Medical and sanitary report of the native army of Bengal for the year
Year: 1877
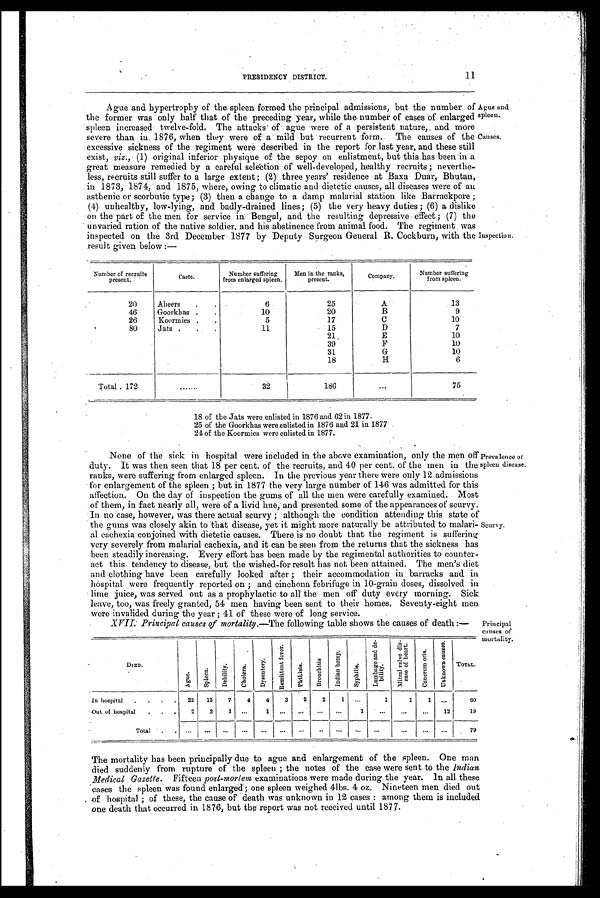
Ague and spleen.
Causes.
11
PRESIDENCY DISTRICT.
Ague and hypertrophy of the spleen formed the principal admissions, but the number of
the former was only half that of the preceding year, while the number of cases of enlarged
spleen increased twelve-fold. The attacks of ague were of a persistent nature, and more
severe than in 1876, when they were of a mild but recurrent form. The causes of the
excessive sickness of the regiment were described in the report for last year, and these still
exist, viz.,. (1) original inferior physique of the sepoy on enlistment, but this has been in a
great measure remedied by a careful selection of well-developed, healthy recruits ; neverthe-
less, recruits still suffer to a large extent; (2) three years' residence at Baxa Duar, Bhutan,
in 1873, 1874, and 1875, where, owing to climatic and dietetic causes, all diseases were of au
asthenic or scorbutic type; (3) then a change to a damp malarial station like Barrackpore ;
(4) unhealthy, low-lying, and badly-drained lines; (5) the very heavy duties ; (6) a dislike
on the part of the men for service in Bengal, and the resulting depressive effect ; (7) the
•unvaried ration of the native soldier, and his abstinence from animal food. The regiment was
inspected on the 3rd December 1877 by Deputy Surgeon General R. Cockburn, with the
result given below:- Inspection.
Number of recruits
present.
Caste.
Number suffering
from enlarged spleen.
Men in the ranks,
present.
Company.
Number suffering
from spleen.
20
Aheers
6
2 5
A
1 3
46
Goorkhas
1 0
2 0
B
9
26
Koormies
5
1 7
C
1 0
80
Jats
1 1
1 5
D
7
2 1
E
1 0
3 9
F
1 0
3 1
G
1 0
1 8
H
6
Total .172
. . .
3 2
1 8 6
. . .
7 5
18 of the Jats were enlisted in 1876 and 62 in 1877.
25 of the Goorkhas were enlisted in 1876 and 21 in 1877.
24 of the Koormies were enlisted in 1877.
None of the sick in hospital were included in the above examination, only the men off
duty. It was then seen that 18 per cent. of the recruits, and 40 per cent. of the men in the
ranks, were suffering from enlarged spleen. In the previous year there were only 12 admission
for enlargement of the spleen ; but in 1877 the very large number of 146 was admitted for this
affection. On the day of inspection the gums of all the men were carefully examined. Most
of them, in fact nearly all, were of a livid hue, and presented some of the appearances of scurvy.
In no case, however, was there actual scurvy ; although the condition attending this state of
the gums was closely akin to that disease, yet it might more naturally be attributed to malari--
al cachexia conjoined with dietetic causes. There is no doubt that the regiment is suffering
very severely from malarial cachexia, and it can be seen from the returns that the sickness has
been steadily increasing. Every effort has been made by the regimental authorities to counter-
act this. tendency to disease, but the wished-for result has not been attained. The men's diet
and clothing have been carefully looked after ; their accommodation in barracks and in
hospital were frequently reported on; cinchona febrifuge in 10-grain doses, dissolved in
lime juice, was served out as a prophylactic to all the men off duty every morning. Sick
leave, too, was freely granted, 54 men having been sent to their homes. Seventy-eight men
were invalided during the year ; 41 of these were of long service.
XVII Principal causes of mortality.--The following table shows the causes of death :—
DIED.
A g u e .
S p l e e n .
D a b i l i t y .
Ch o l e r a .
D y s e n t e r y .
R e m i t t e n t f e v e r .
P h t h i s i s .
B r o n c h i t i s
I n d i a n h e m p .
S y p h i l i s .
L u m b a g o a n d d e - b i l i t y .
M i t r a l v a l v e d i s - e a s e o f h e a r t .
C a n e r u m o r i s .
Unknown causes.
Total.
In hospital
2 2
1 2
7
4
4
3
2
2
1
. . .
1
1
1
. . .
6 0
Out of hospital
2
2
1
. . .
1
. . .
. . .
. . .
. . .
1
. . .
. . .
. . .
1 2
1 9
T o t a l
. . .
. . .
. . .
. . .
. . .
. . .
. . .
. . .
. . .
. . .
. . .
. . .
. . .
. . .
7 9
Prevalence of
spleen disease.
Scurvy.
Principal
causes or
mortality.
The mortality has been principally due to ague and enlargement of the spleen. One man
died suddenly from rupture of the spleen ; the notes of the case were sent to the Indian
Medical Gazette. Fifteen post-mortem examinations were made during the year. In all these
cases the spleen was found enlarged ; one spleen weighed 4lbs. 4 oz. Nineteen men died out
of hospital ; of these, the cause of death was unknown in 12 cases : among them is included
one death that occurred in 1876, but the report was not received until 1877.